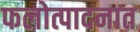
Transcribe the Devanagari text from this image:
फलोत्पादनात